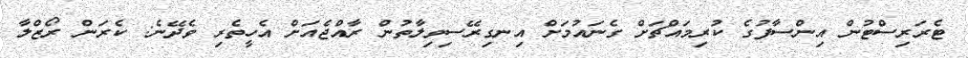
ޓެރަރިސްޓުން އިންސާފުގެ ކުރިމައްޗަށް ގެނައުމަށް އިނގިރޭސިވިލާތުން ރާއްޖެއަށް އެހީތެރި ވެދޭނެ: ކެރަން ރޯޒްލާ